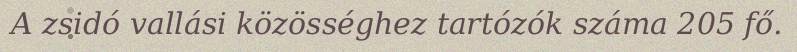
A zsidó vallási közösséghez tartózók száma 205 fő.